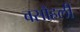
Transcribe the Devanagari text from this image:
बसौहली